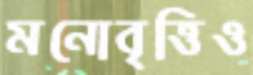
মনোবৃত্তিও